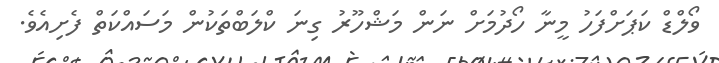
ވޯލްޑް ކަޕަށްފަހު މީނާ ހޯދުމަށް ނަން މަޝްހޫރު ގިނަ ކްލަބްތަކުން މަސައްކަތް ފެށިއެވެ.